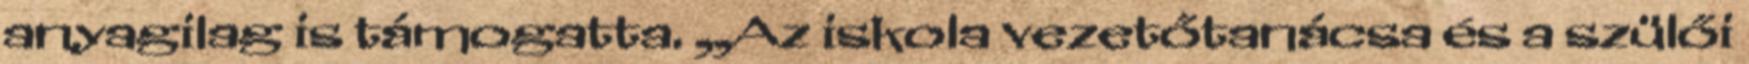
anyagilag is támogatta. „Az iskola vezetőtanácsa és a szülői